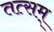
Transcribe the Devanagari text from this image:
तत्सम्